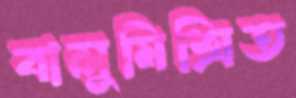
বালুমিশ্রিত